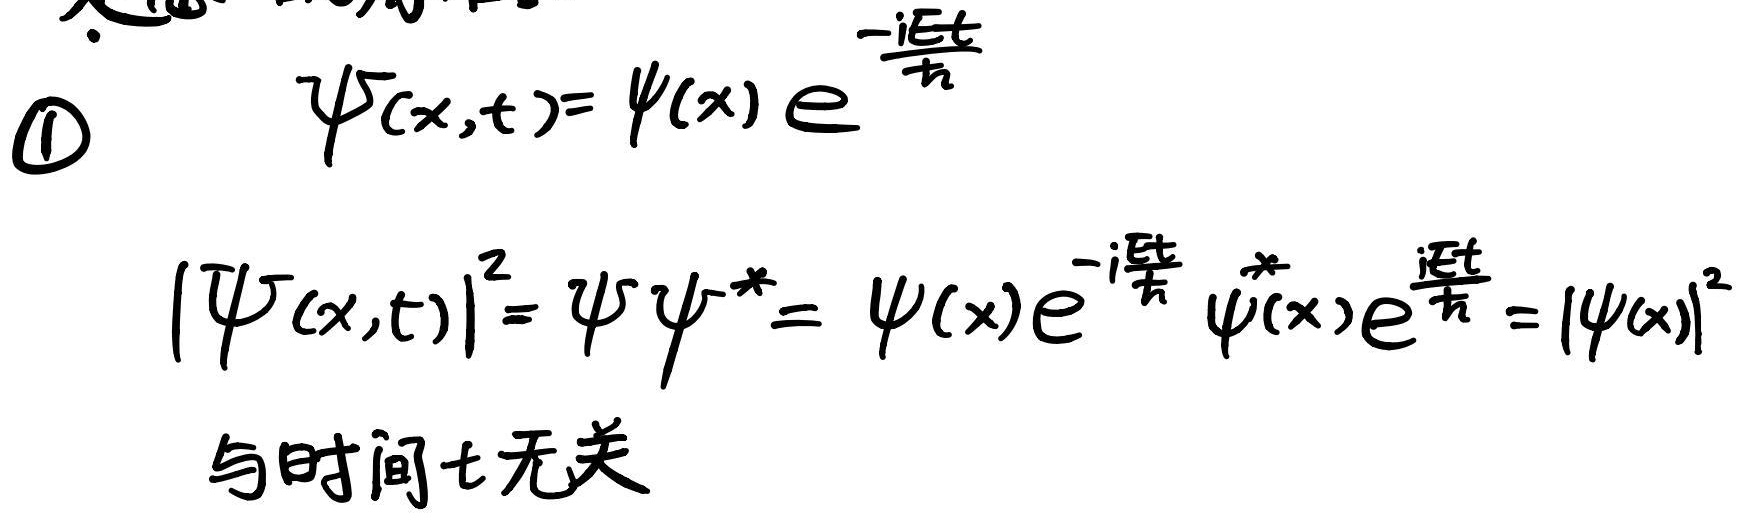
\[
\begin{align*}
&\textcircled{1}\quad \psi(x,t)=\psi(x)e^{-\frac{iEt}{\hbar}}\\
&|\psi(x,t)|^2=\psi\psi^*=\psi(x)e^{-\frac{iEt}{\hbar}}\psi^*(x)e^{\frac{iEt}{\hbar}} = |\psi(x)|^2\\
&\text{与时间}t\text{无关}
\end{align*}
\]